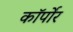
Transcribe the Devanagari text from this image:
कॉर्पोर